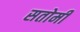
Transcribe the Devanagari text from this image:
सतोमी